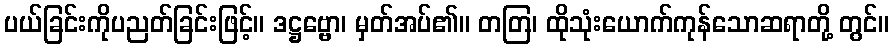
ပယ်ခြင်းကိုပညတ်ခြင်းဖြင့်။ ဒဋ္ဌဗ္ဗော၊ မှတ်အပ်၏။ တတြ၊ ထိုသုံးယောက်ကုန်သောဆရာတို့ တွင်။